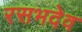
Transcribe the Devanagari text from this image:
रसभदेव